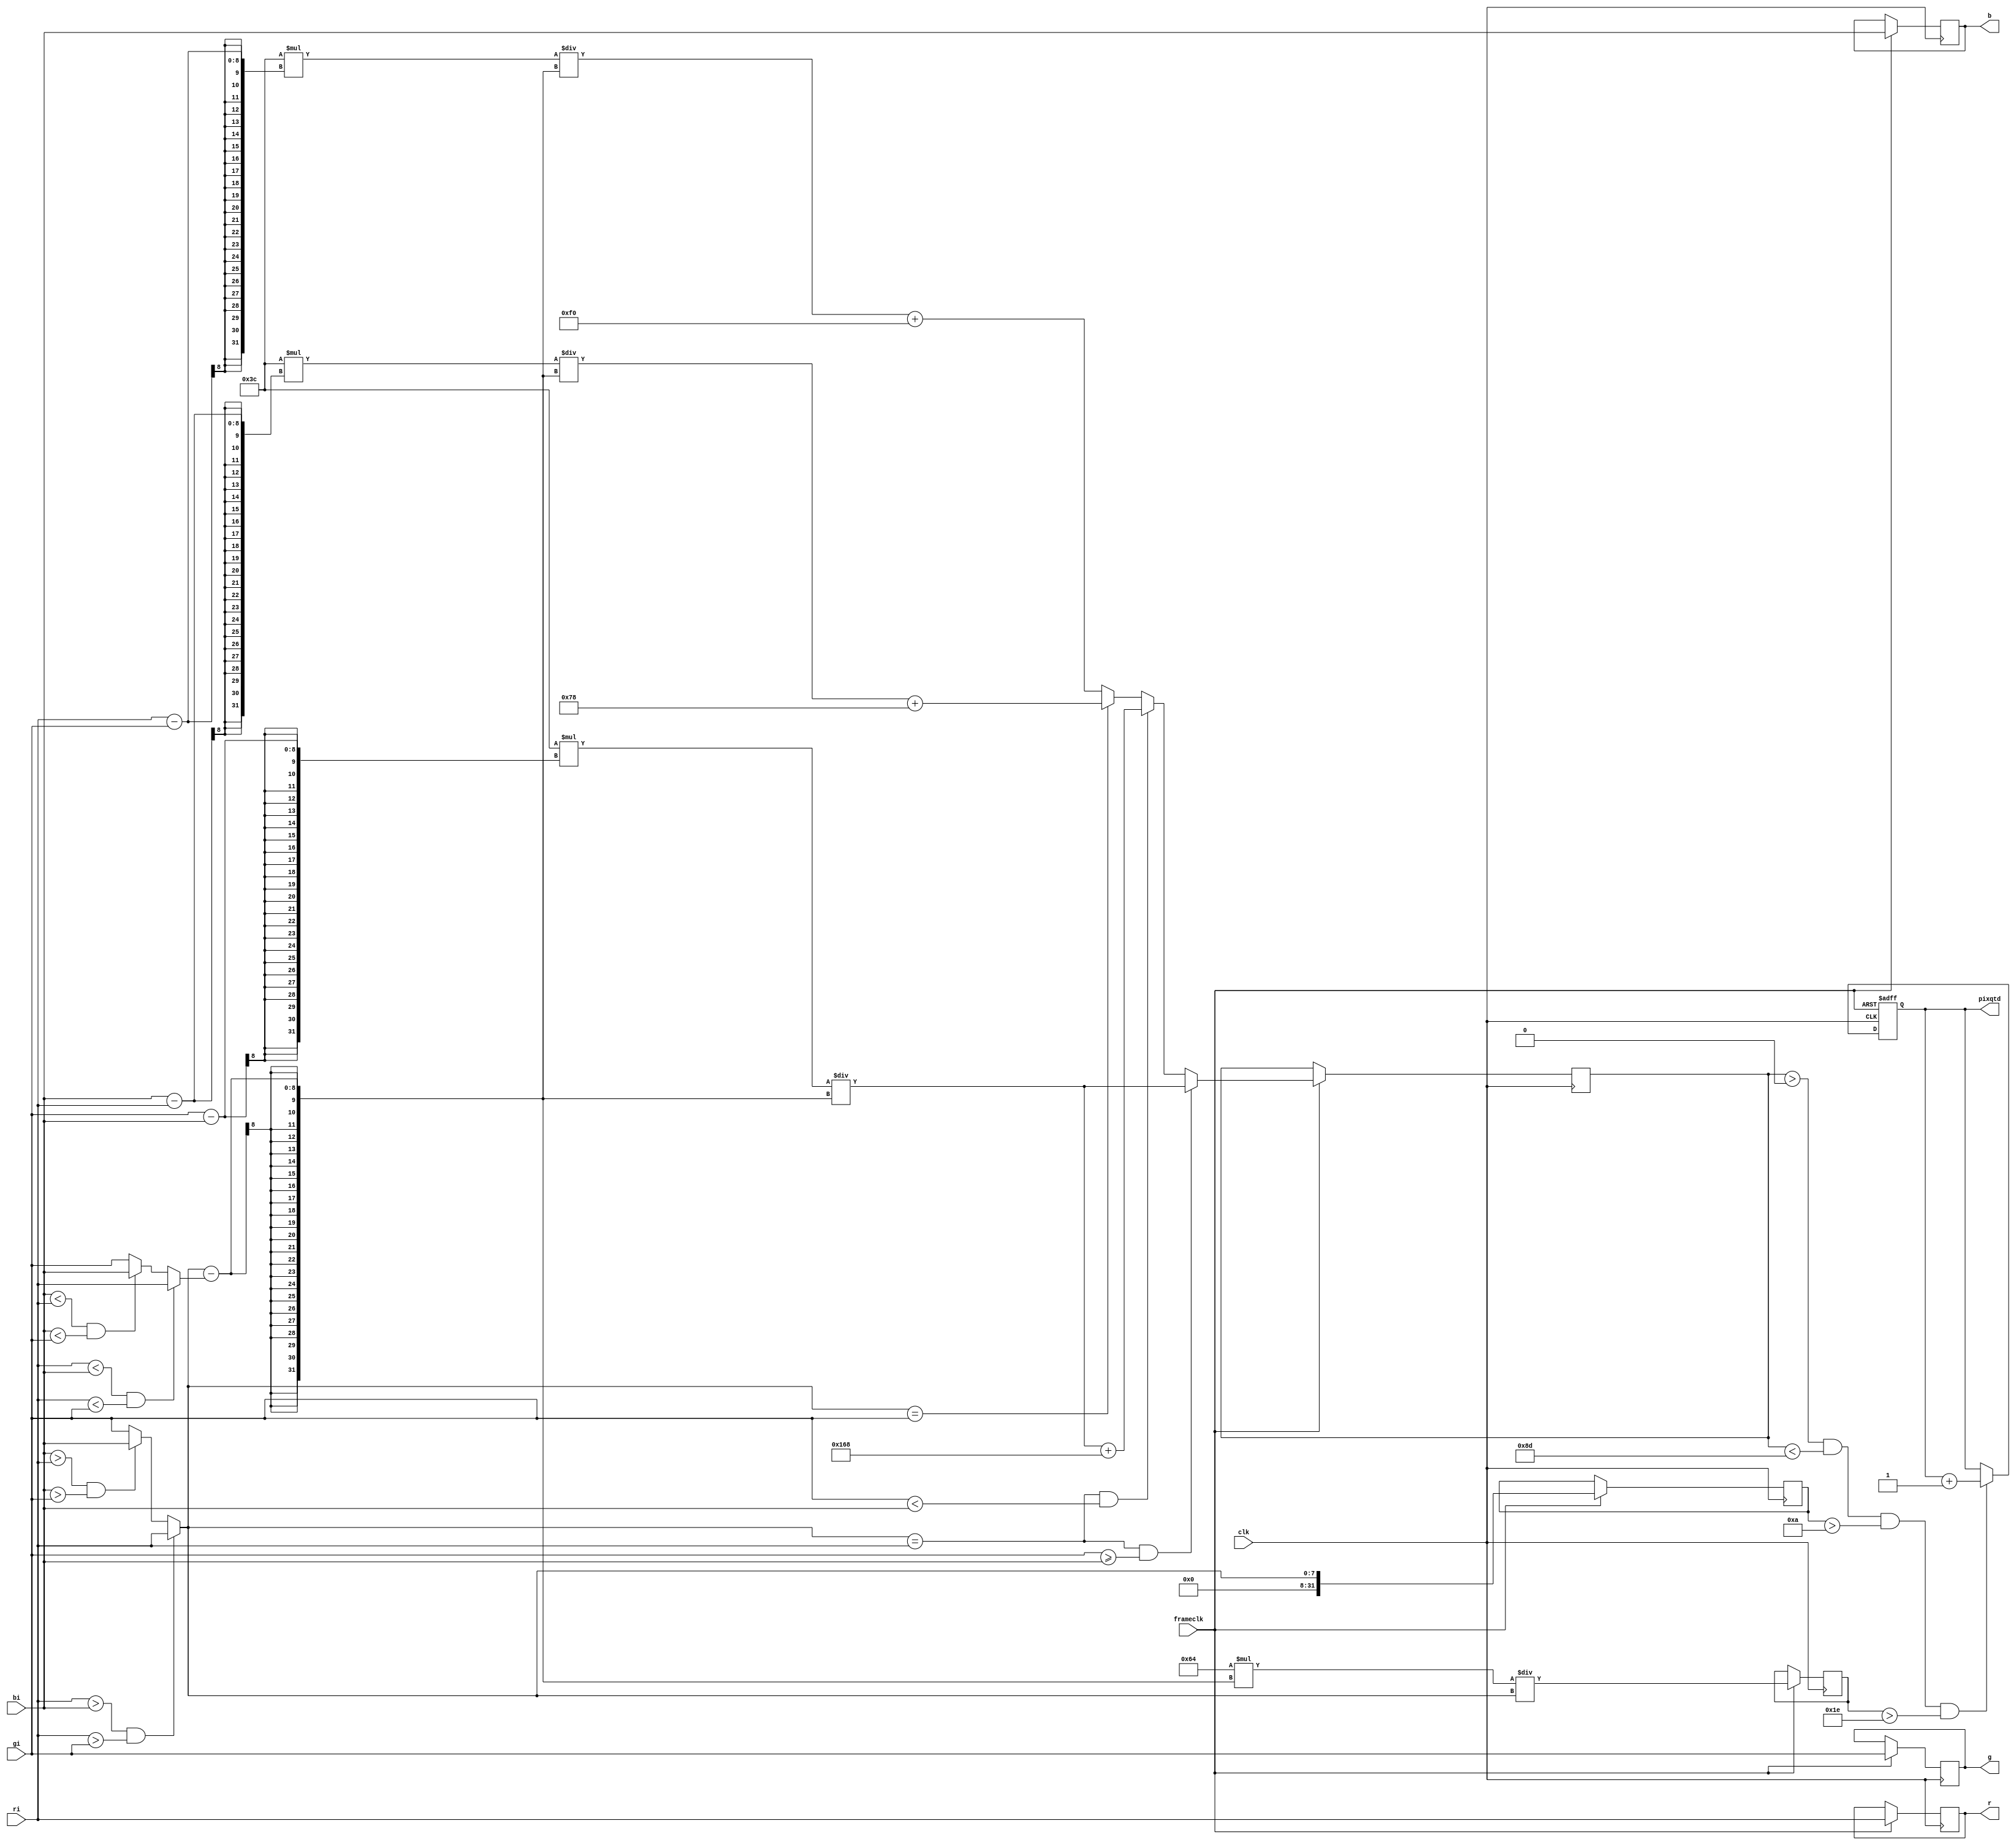
module separador(clk,frameclk,ri,gi,bi,r,g,b,pixqtd);

input clk;
input frameclk;
input [7:0] ri;
input [7:0] gi;
input [7:0] bi;

output reg [7:0] r;
output reg [7:0] g;
output reg [7:0] b;
output [31:0] pixqtd;
reg [31:0]	s;
reg [31:0] qtd;
reg [7:0] max, min;
reg [31:0] h=32'h00000000;
reg [31:0] v=32'h00000000;

assign pixqtd = qtd;

always@(posedge clk or negedge frameclk)
begin
	//if(red == green && green == blue)
	if(!frameclk)qtd<=0;
	else 
	begin
		max = (ri>bi && ri>gi)?ri:((bi>ri && bi>gi)?bi:gi);
		min = (ri<bi && ri<gi)?ri:((bi<ri && bi<gi)?bi:gi);
		
		if(max==ri && gi>=bi)
		begin
			h <=  60 * (gi-bi)/(max-min);
		end
		else if(max==ri && gi<bi)
		begin
			h <= (60 * (gi-bi)/(max-min))+360;
		end
		else if(max==gi)
		begin
			h <= (60 * (bi-ri)/(max-min)) + 120;
		end
		else
		begin
			h <= (60 * (ri-gi)/(max-min)) + 240;
		end
		
		s <= (100 * (max-min))/max;
		v <= max;
		
		//red == green && green == blue || (red < blue && green < blue
		
		if(( h > 0 &&  h < 141) && ( v > 10) && (s > 30))
			begin
				r <= ri;
				g <= gi;
				b <= bi;
				qtd <= qtd+1;
			end
		else		
			begin
				r <= ri;
				g <= gi;
				b <= bi;
			end


	end
	
end

endmodule